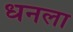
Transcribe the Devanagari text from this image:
ध्‍ानला